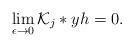
LaTeX: \begin{align*}\lim_{\epsilon \rightarrow 0}\mathcal{K}_{j}*yh = 0.\end{align*}